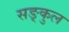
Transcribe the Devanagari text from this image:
सङ्कुल